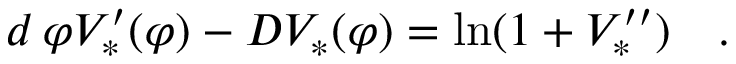
d \, \varphi V _ { * } ^ { \prime } ( \varphi ) - D V _ { * } ( \varphi ) = \ln ( 1 + V _ { * } ^ { \prime \prime } ) \quad .